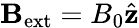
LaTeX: \mathbf{B}_{\mathrm{ext}}=B_{0}\hat{\mathbf{z}}